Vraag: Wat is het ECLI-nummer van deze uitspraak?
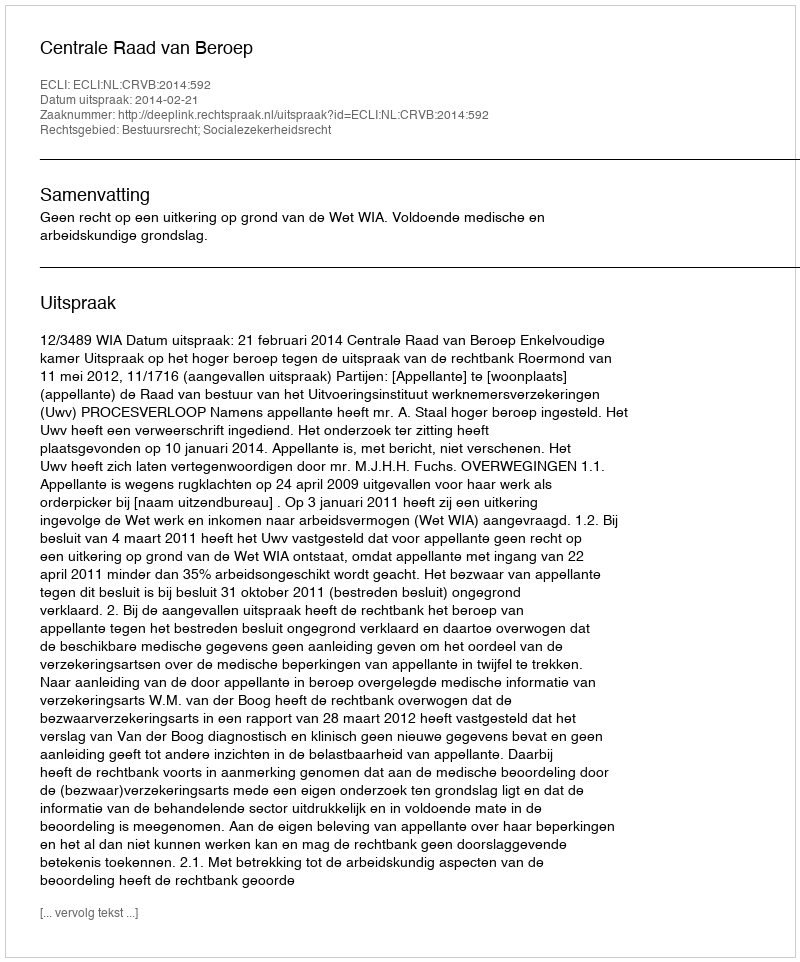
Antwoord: ECLI:NL:CRVB:2014:592